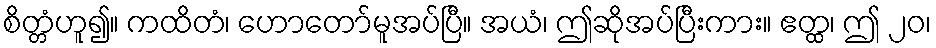
စိတ္တံဟူ၍။ ကထိတံ၊ ဟောတော်မူအပ်ပြီ။ အယံ၊ ဤဆိုအပ်ပြီးကား။ ဧတ္ထ၊ ဤ ၂၀၊